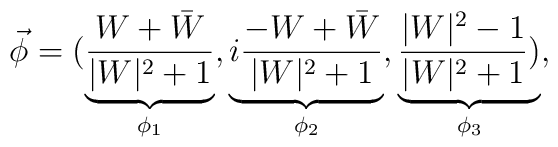
\vec{\phi}=(\underbrace{\frac{W+\bar{W}}{|W|^{2}+1}}_{\phi_1},\underbrace{i\frac{-W+\bar{W}}{|W|^{2}+1}}_{\phi_2},\underbrace{\frac{|W|^{2}-1}{|W|^{2}+1})}_{\phi_3},